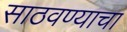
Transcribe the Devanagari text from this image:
साठवण्याचा